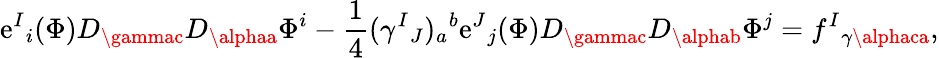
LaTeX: \mathrm{e}^{I}{}_{i}(\Phi)D_{\gammac}D_{\alphaa}\Phi^{i}-{\frac{{1}}{{4}}}(\gamma^{I}{}_{J})_{a}{}^{b}\mathrm{e}^{J}{}_{j}(\Phi)D_{\gammac}D_{\alphab}\Phi^{j}=f^{I}{}_{\gamma\alphaca},